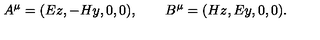
A ^ { \mu } = ( E z , - H y , 0 , 0 ) , \qquad B ^ { \mu } = ( H z , E y , 0 , 0 ) .